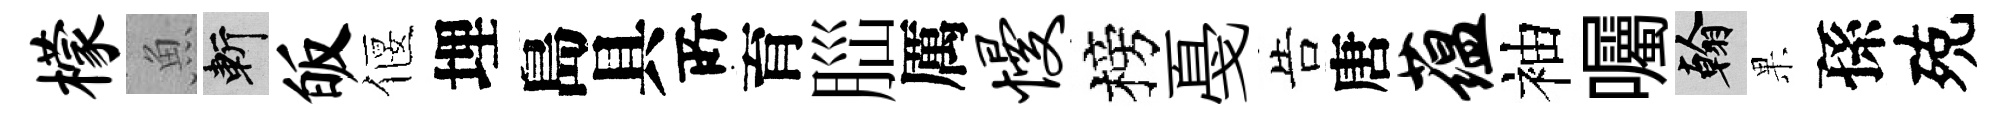
檬魚斬皈偃埋島具𠩄育𦛁厲慢榜戞告唐蕴袖囑翰果孫殑